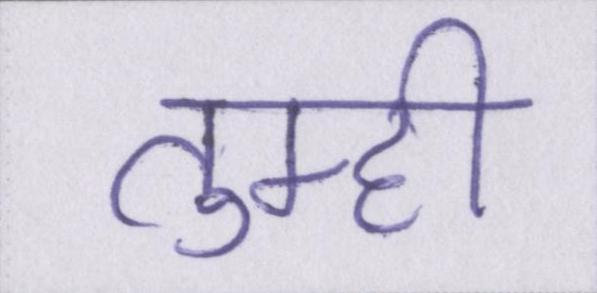
तुम्ही